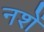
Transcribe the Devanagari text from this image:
नशें